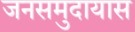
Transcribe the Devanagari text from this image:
जनसमुदायास